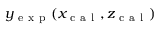
y _ { \mathrm { ~ e ~ x ~ p ~ } } ( x _ { \mathrm { ~ c ~ a ~ l ~ } } , z _ { \mathrm { ~ c ~ a ~ l ~ } } )